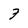
Character: 7